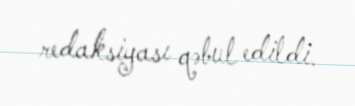
redaksiyası qəbul edildi.